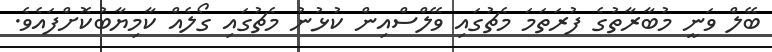
ބޭލް ވަނީ މުބާރާތުގެ ފުރަތަމަ މެޗުގައި ވޭލްސްއިން ކުޅުނު މެޗުގައި ގޯލެއް ކާމިޔާބުކޮށްފައެވެ.